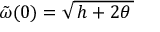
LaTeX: \: \tilde { \omega } ( 0 ) = \sqrt { \, h + 2 \theta \, } \: